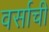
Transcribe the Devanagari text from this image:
वर्साची